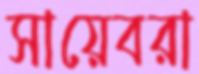
সায়েবরা